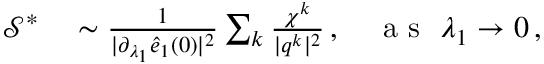
\begin{array} { r l } { \mathcal { S } ^ { * } } & { { } \sim \frac { 1 } { \vert \partial _ { \lambda _ { 1 } } \hat { e } _ { 1 } ( 0 ) \vert ^ { 2 } } \sum _ { k } \frac { \chi ^ { k } } { \vert \boldsymbol { q } ^ { k } \vert ^ { 2 } } \, , ~ ~ ~ \mathrm { ~ a ~ s ~ } ~ \lambda _ { 1 } \rightarrow 0 \, , } \end{array}